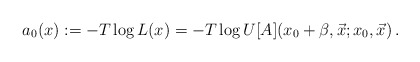
\begin{align*}a_0(x) := -T \log L(x) = -T \log U[A](x_0+\beta,\vec x;x_0,\vec x) \,.\end{align*}